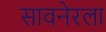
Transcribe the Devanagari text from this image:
सावनेरला